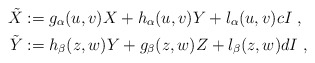
\begin{align*}\tilde X &: = g_{\alpha}(u,v)X+ h_{\alpha}(u,v)Y+ l_{\alpha}(u,v)cI \ , \cr\tilde Y&: = h_{\beta}(z,w)Y+g_{\beta}(z,w)Z+l_{\beta}(z,w)dI \ ,\end{align*}